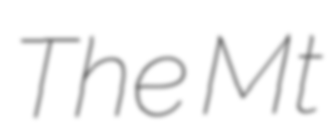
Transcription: The Mt